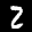
Label: 2